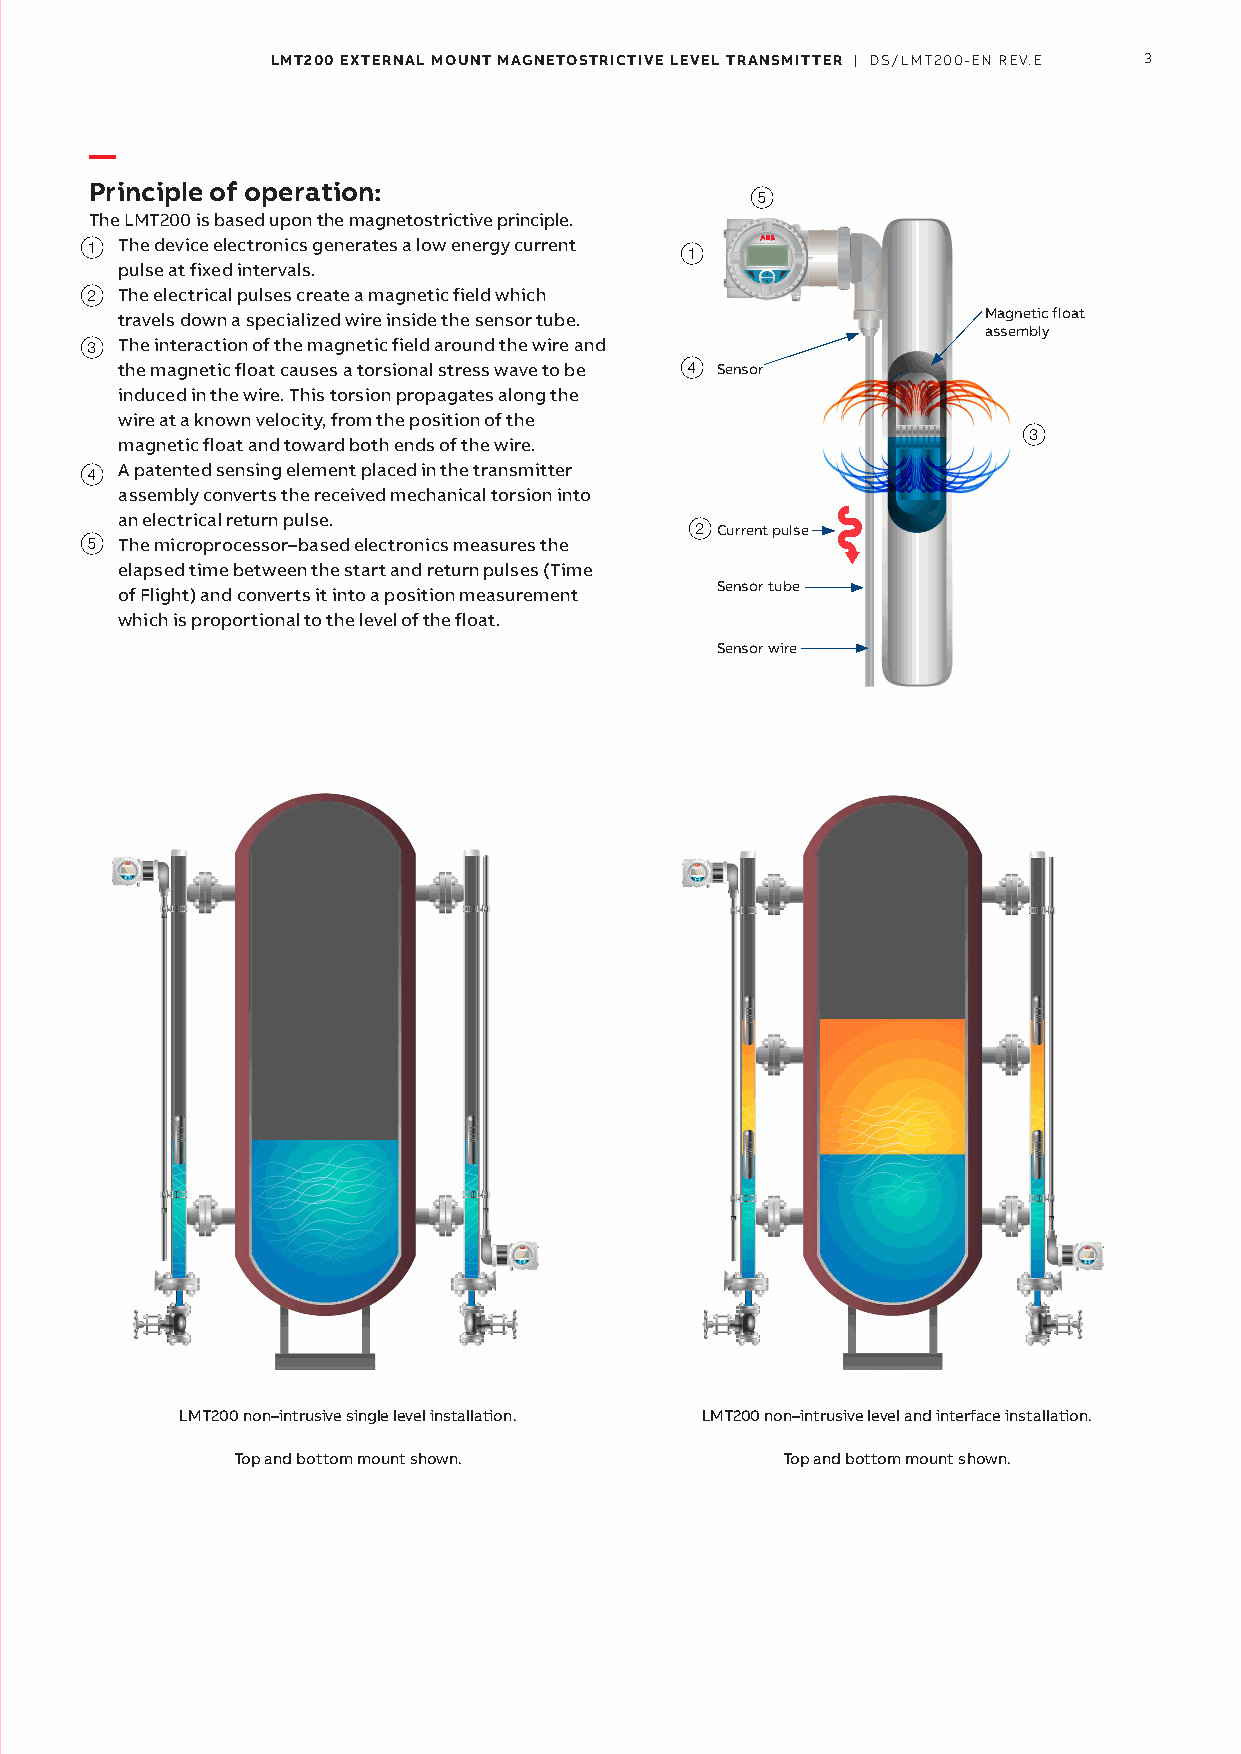
LMT200 EXTERNAL MOUNT MAGNETOSTRICTIVE LEVEL TRANSMITTER | DS/LMT200-EN REV.E 3
 —
 Principle of operation:
 5
 The LMT200 is based upon the magnetostrictive principle.
 11 The device electronics generates a low energy current
 1
 pulse at fixed intervals.
 22 The electrical pulses create a magnetic field which
 Magnetic float
 travels down a specialized wire inside the sensor tube.
 assembly
 33 The interaction of the magnetic field around the wire and
 the magnetic float causes a torsional stress wave to be 4 Sensor
 induced in the wire. This torsion propagates along the
 wire at a known velocity, from the position of the
 3
 magnetic float and toward both ends of the wire.
 4 A patented sensing element placed in the transmitter
 4
 assembly converts the received mechanical torsion into
 an electrical return pulse.
 2Current pulse
 55 The microprocessor–based electronics measures the
 elapsed time between the start and return pulses (Time
 Sensor tube
 of Flight) and converts it into a position measurement
 which is proportional to the level of the float.
 Sensor wire
 LMT200 non–intrusive single level installation. LMT200 non–intrusive level and interface installation.
 Top and bottom mount shown.          Top and bottom mount shown.